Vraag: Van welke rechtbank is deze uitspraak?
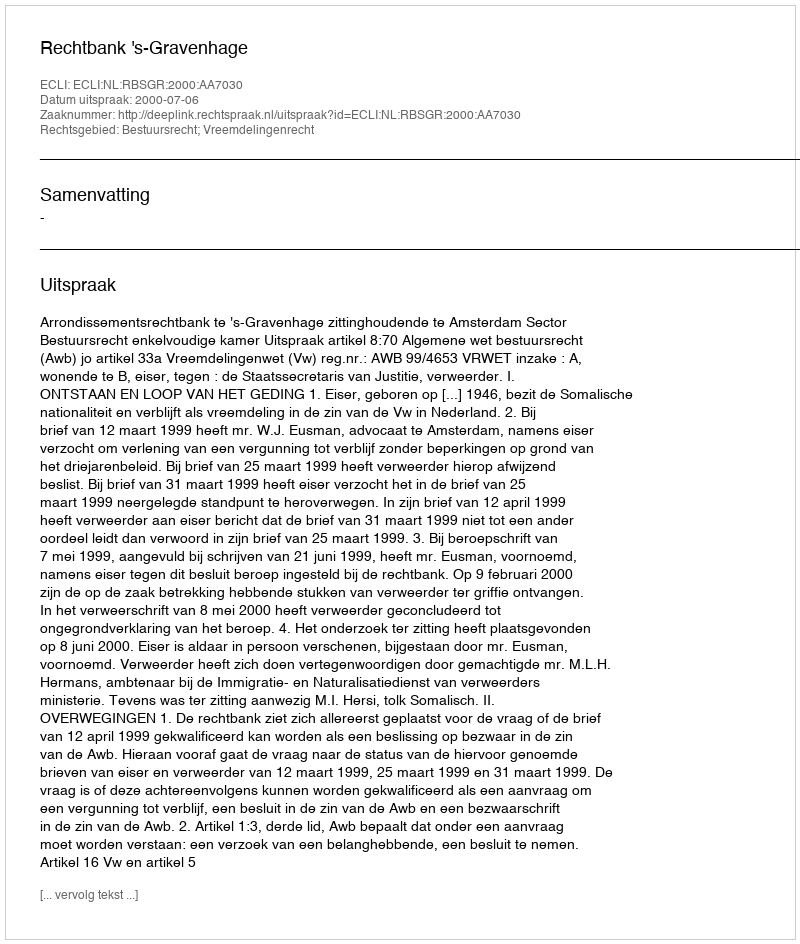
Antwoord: Rechtbank 's-Gravenhage